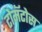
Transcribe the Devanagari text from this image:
टोमॅटोस